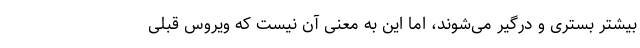
بیشتر بستری و درگیر می‌شوند، اما این به معنی آن نیست که ویروس قبلی